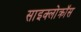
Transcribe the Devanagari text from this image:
साइक्लोक्रॉस